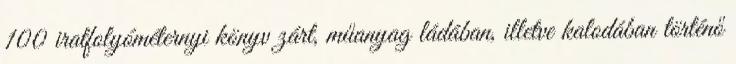
100 iratfolyóméternyi könyv zárt, műanyag ládában, illetve kalodában történő